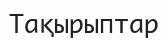
Тақырыптар